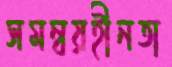
সমন্বয়হীনতা